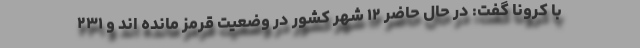
با کرونا گفت: در حال حاضر ۱۲ شهر کشور در وضعیت قرمز مانده اند و ۲۳۱